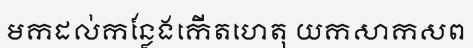
មកដល់កន្លែងកើតហេតុ យកសាកសព